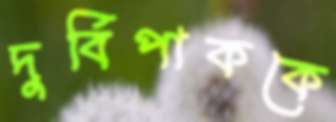
দুর্বিপাককে